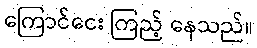
ကြောင်ငေး ကြည့် နေသည်။